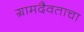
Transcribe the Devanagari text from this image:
ग्रामदैवताचा